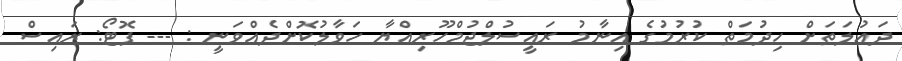
ދައުލަތަށް ހިދުމަތް ކުރުމުގެ އިނާމު ރައީސުލްޖުމްހޫރިއްޔާ ހަވާލުކޮށްދެއްވަނީ : --- ފޮޓޯ: ރައިސް